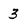
Character: 3